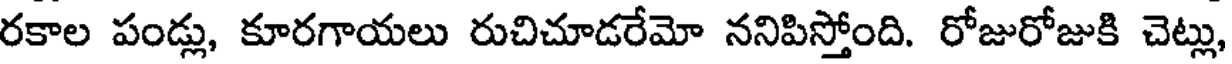
రకాల పండ్లు, కూరగాయలు రుచిచూడరేమో ననిపిస్తోంది. రోజురోజుకి చెట్లు,